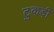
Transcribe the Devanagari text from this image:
टुकड़ी